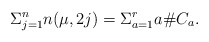
\begin{align*}\Sigma_{j=1}^n n(\mu,2j) = \Sigma_{a=1}^r a \# C_a.\end{align*}